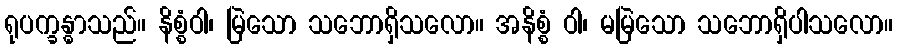
ရုပက္ခန္ဓာသည်။ နိစ္စံဝါ၊ မြဲသော သဘောရှိသလော။ အနိစ္စံ ဝါ၊ မမြဲသော သဘောရှိပါသလော။